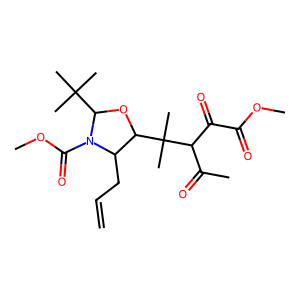
SMILES: C=CCC1C(C(C)(C)C(C(C)=O)C(=O)C(=O)OC)OC(C(C)(C)C)N1C(=O)OC
Inhibits HIV replication: No